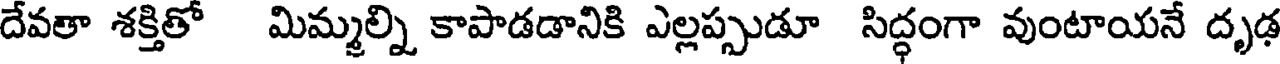
దేవతా శక్తితో మిమ్మల్ని కాపాడడానికి ఎల్లప్పుడూ సిద్ధంగా వుంటాయనే దృఢ